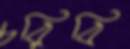
চরিবি